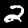
Label: 2